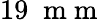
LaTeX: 19\; \mathrm{~m~m~}